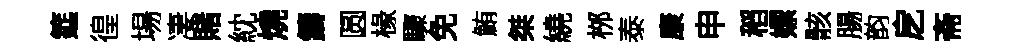
筵徨場凄賭紞燒鑄圆椽驟免鮪桀繞桞泰康申稻嫖骸腸韵戹斋